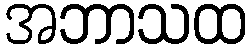
အဘာသထ